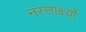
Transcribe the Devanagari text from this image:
नस्तार्क्ष्यो